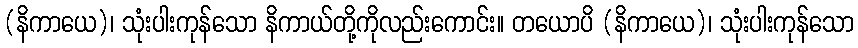
(နိကာယေ)၊ သုံးပါးကုန်သော နိကာယ်တို့ကိုလည်းကောင်း။ တယောပိ (နိကာယေ)၊ သုံးပါးကုန်သော